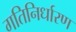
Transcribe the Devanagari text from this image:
गतिनिर्धारण